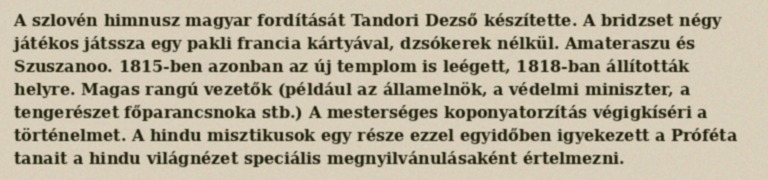
A szlovén himnusz magyar fordítását Tandori Dezső készítette. A bridzset négy játékos játssza egy pakli francia kártyával, dzsókerek nélkül. Amateraszu és Szuszanoo. 1815-ben azonban az új templom is leégett, 1818-ban állították helyre. Magas rangú vezetők (például az államelnök, a védelmi miniszter, a tengerészet főparancsnoka stb.) A mesterséges koponyatorzítás végigkíséri a történelmet. A hindu misztikusok egy része ezzel egyidőben igyekezett a Próféta tanait a hindu világnézet speciális megnyilvánulásaként értelmezni.